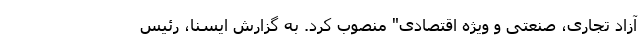
آزاد تجاری، صنعتی و ویژه اقتصادی" منصوب کرد. به گزارش ایسنا، رئیس